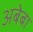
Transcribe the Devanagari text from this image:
अबेबा